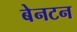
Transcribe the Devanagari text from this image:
बेनटन